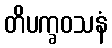
တိပက္ခဝသနံ